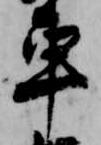
車